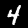
Digit: 4